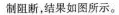
制阻断，结果如图所示。